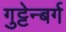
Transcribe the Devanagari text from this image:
गुट्टेन्बर्ग